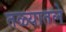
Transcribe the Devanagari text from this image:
तळ्यातले